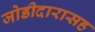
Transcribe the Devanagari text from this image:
जोडीदारासह